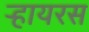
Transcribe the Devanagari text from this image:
ऱ्हायरस